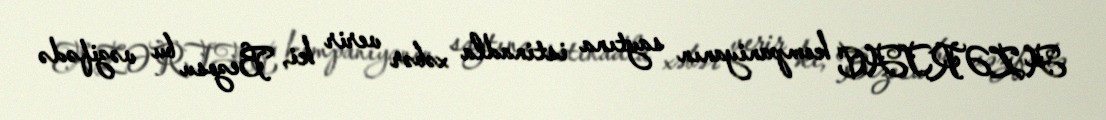
AZƏRTAC kompaniyanın saytına istinadla xəbər verir ki, Bezosu bu vəzifədə